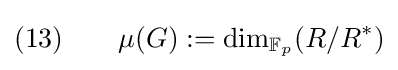
(13)\qquad \mu (G):=\dim _{\mathbb {F} _{p}}(R/R^{\ast })